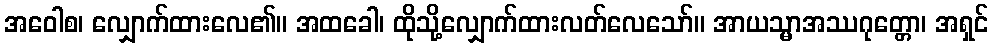
အဝေါစ၊ လျှောက်ထားလေ၏။ အထခေါ၊ ထိုသို့လျှောက်ထားလတ်လေသော်။ အာယသ္မာအဿဂုတ္တော၊ အရှင်